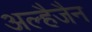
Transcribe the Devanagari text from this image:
अल्हैजैन